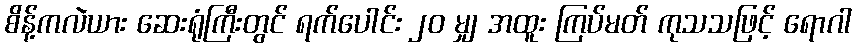
စိန့်ကလဲယား ဆေးရုံကြီးတွင် ရက်ပေါင်း ၂၀ မျှ အထူး ကြပ်မတ် ကုသသဖြင့် ရောဂါ